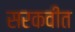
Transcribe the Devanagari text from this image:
सरकवीत